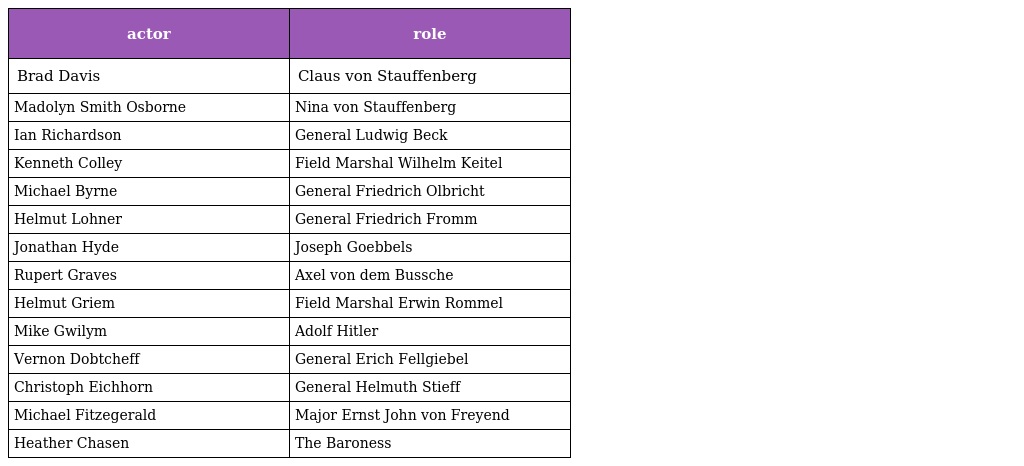
| actor | role |
 | --- | --- |
 | Brad Davis | Claus von Stauffenberg |
 | Madolyn Smith Osborne | Nina von Stauffenberg |
 | Ian Richardson | General Ludwig Beck |
 | Kenneth Colley | Field Marshal Wilhelm Keitel |
 | Michael Byrne | General Friedrich Olbricht |
 | Helmut Lohner | General Friedrich Fromm |
 | Jonathan Hyde | Joseph Goebbels |
 | Rupert Graves | Axel von dem Bussche |
 | Helmut Griem | Field Marshal Erwin Rommel |
 | Mike Gwilym | Adolf Hitler |
 | Vernon Dobtcheff | General Erich Fellgiebel |
 | Christoph Eichhorn | General Helmuth Stieff |
 | Michael Fitzegerald | Major Ernst John von Freyend |
 | Heather Chasen | The Baroness |